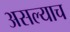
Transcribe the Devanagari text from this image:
असल्याच